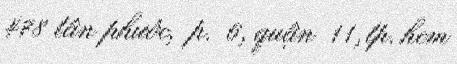
478 tân phước, p. 6, quận 11, tp. hcm